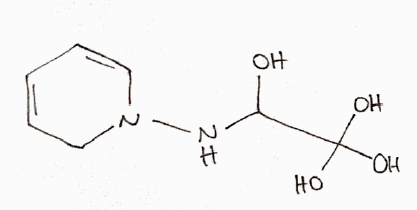
Simplified molecular-input line-entry system (SMILES) notation of the given molecule:
C1C=CC=CN1NC(C(O)(O)O)O